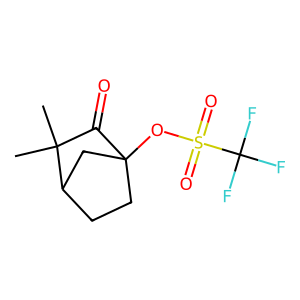
SMILES: CC1(C)C(=O)C2(OS(=O)(=O)C(F)(F)F)CCC1C2
Inhibits HIV replication: No